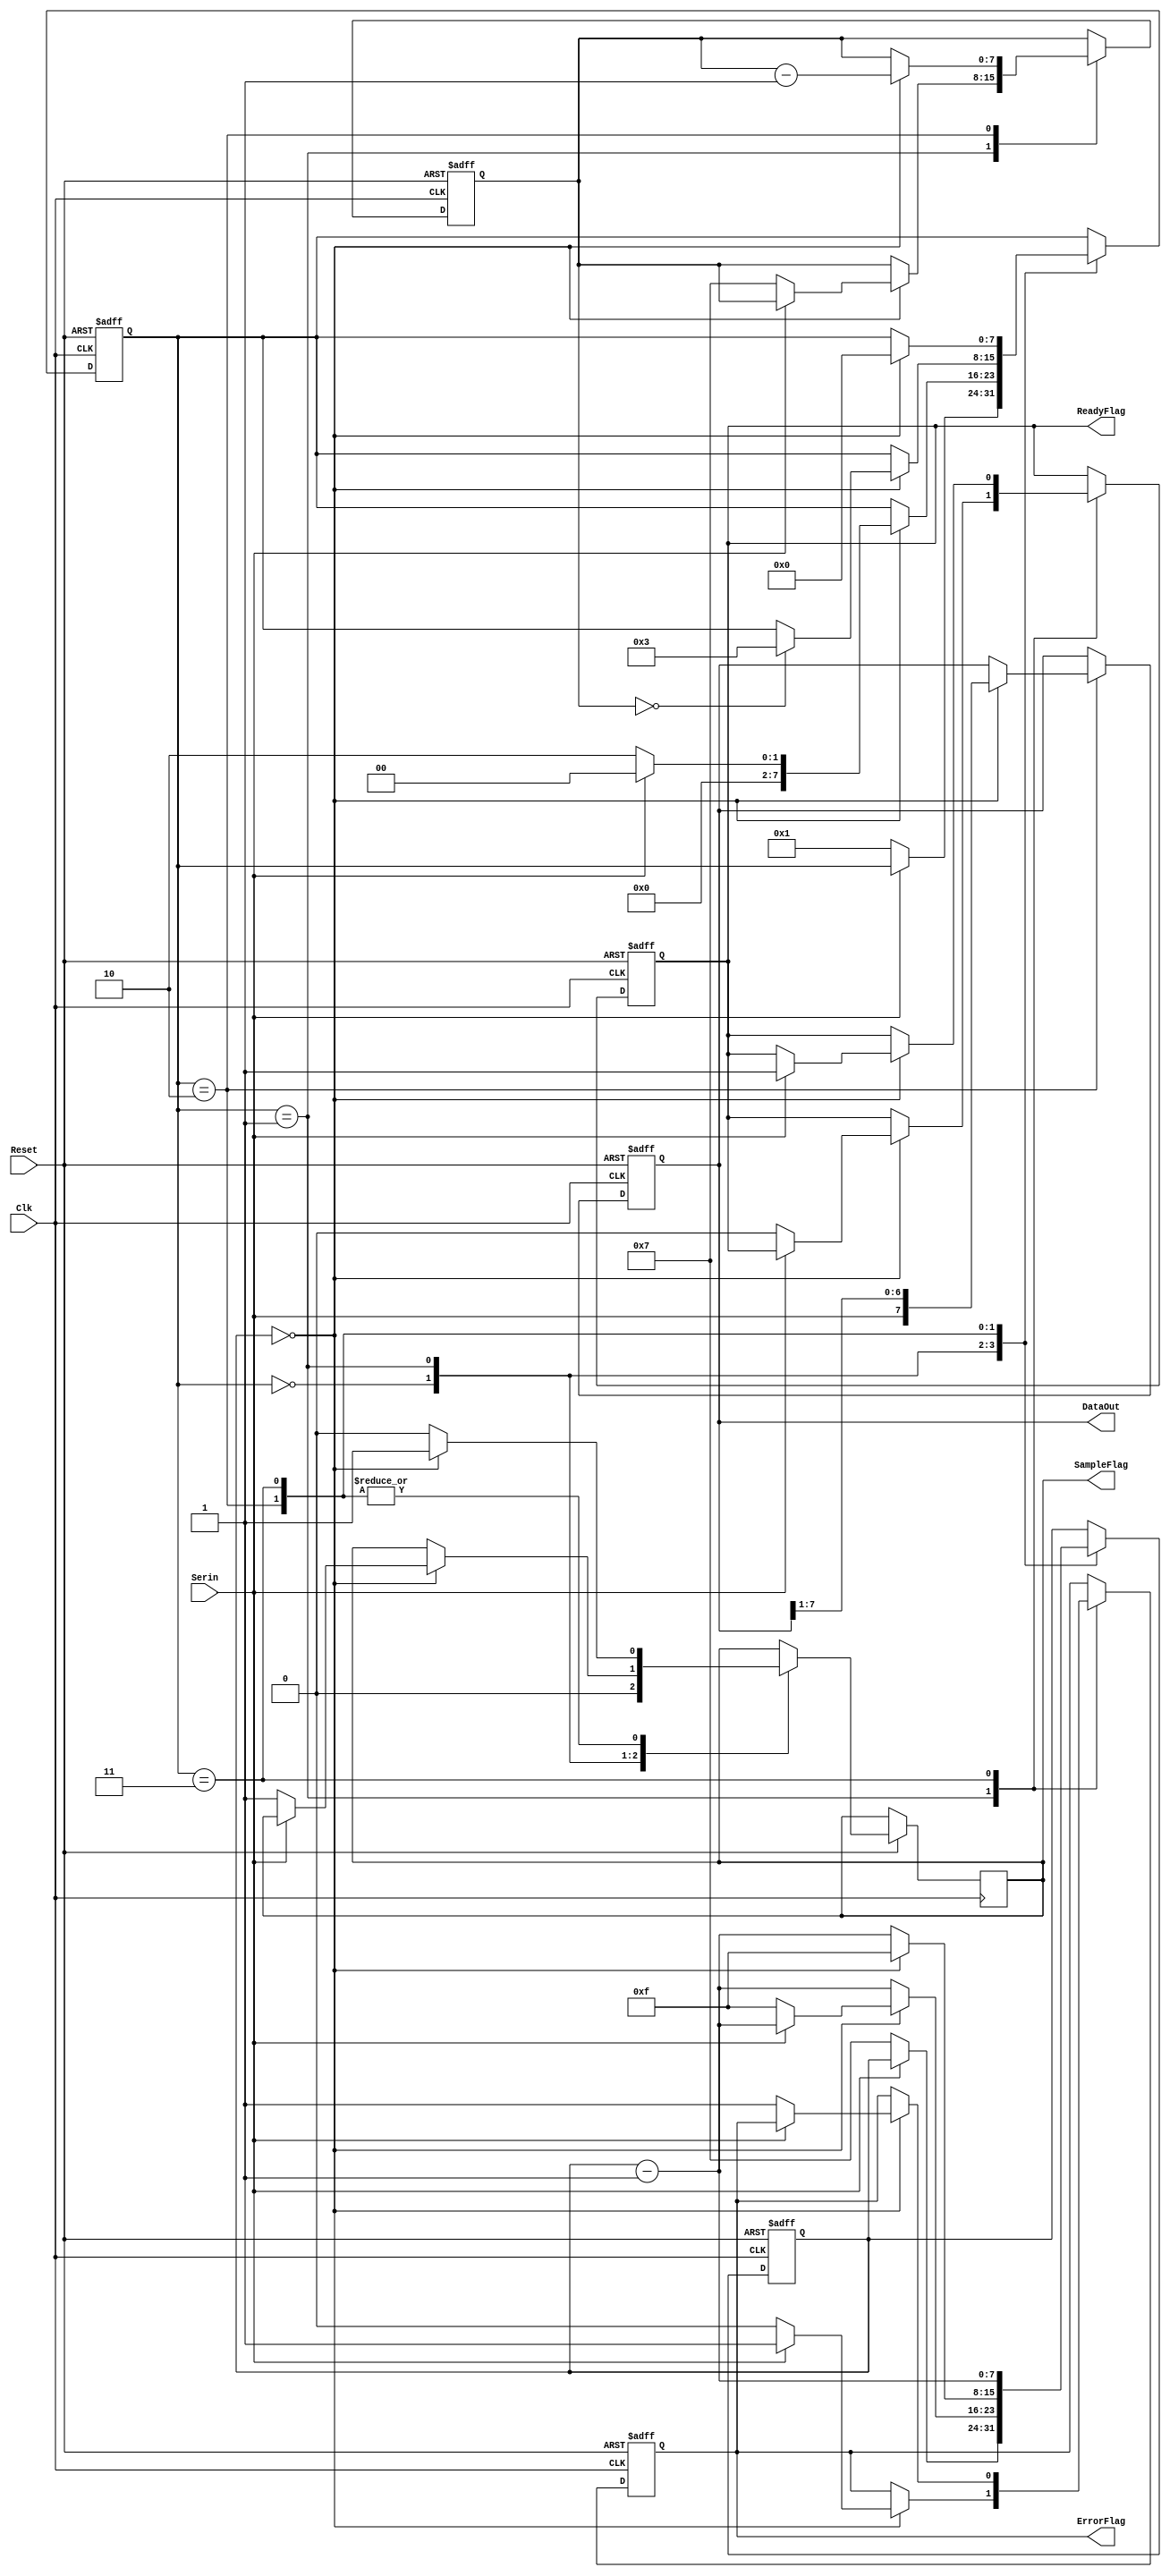
module UART_RX( Clk, Serin, DataOut, ReadyFlag, ErrorFlag, Reset, SampleFlag );
`define STATE_LISTENING 0
`define STATE_VERIFY 1
`define STATE_DELAY 1
`define STATE_RECEIVING 2
`define STATE_VERIFY_STOP 3

input Clk;
input Serin;
input Reset;

output [7:0] DataOut;
output ReadyFlag;
output ErrorFlag;
output SampleFlag;

reg [7:0] dataReg;
reg [7:0] delayCtr;
reg [7:0] stateMachine;
reg [7:0] bitCtr;
reg readyFlag, errorFlag, sampleFlag;

assign DataOut = dataReg;
assign ReadyFlag = readyFlag;
assign ErrorFlag = errorFlag;
assign SampleFlag = sampleFlag;

always@(posedge Clk, negedge Reset) begin
    if( ~Reset ) begin
	delayCtr <= 8'h0;
	dataReg <= 8'h0;
	stateMachine <= `STATE_LISTENING;
	bitCtr <= 8'h0;
	readyFlag <= 1'b0;
	errorFlag <= 1'b0;
    end else begin
    case(stateMachine)
	`STATE_LISTENING: begin
	    sampleFlag <= 1'b0;
	    if( ~Serin ) begin
		delayCtr <= 8'h7; // Wait for half a bit
		stateMachine <= `STATE_VERIFY;
	    end
	end
	`STATE_VERIFY: begin
	    delayCtr <= delayCtr - 8'h1;
	    // If we have reached half the bit, check if it is still low
	    if( delayCtr == 8'h0 ) begin
		// If so, wait for an entire bit and start receiving
		if( ~Serin ) begin
		    sampleFlag <= 1'b1;
		    stateMachine <= `STATE_RECEIVING;
		    readyFlag <= 1'b0;
		    errorFlag <= 1'b0;
		    delayCtr <= 8'hf;
		    bitCtr <= 8'h7;
		// Else, start listening again
		end else begin
		    stateMachine <= `STATE_LISTENING; 
		    errorFlag <= 1'b1;
		end
	    end
	end
	`STATE_RECEIVING: begin
	    sampleFlag <= 1'b0;
	    delayCtr <= delayCtr - 8'h1;
	    if( delayCtr == 8'h0 ) begin
		sampleFlag <= 1'b1;
		dataReg <= {Serin, dataReg[7:1]};
		bitCtr <= bitCtr - 8'h1; 
		delayCtr <= 8'hf;
		if( bitCtr == 8'h0 ) begin
		    stateMachine <= `STATE_VERIFY_STOP;
		end
	    end
	end
	`STATE_VERIFY_STOP: begin
	    sampleFlag <= 1'b0;
	    delayCtr <= delayCtr - 8'h1;
	    if(delayCtr == 8'h0) begin
		sampleFlag <= 1'b1;
		if( Serin == 1'b1 )
		    readyFlag <= 1'b1;
		else
		    errorFlag <= 1'b1;
		stateMachine <= `STATE_LISTENING;
	    end
	end
    endcase
    end
end

endmodule